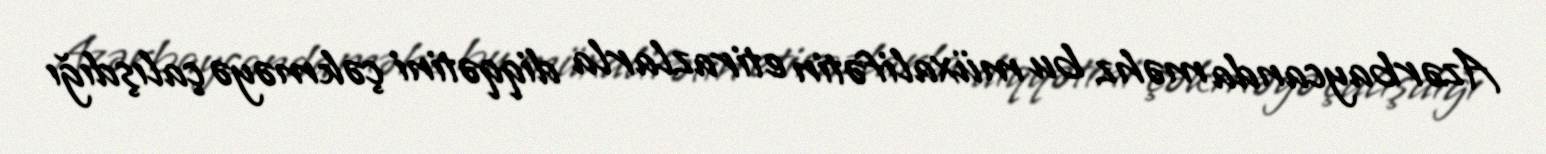
Azərbaycanda məhz bu müxalifətin etirazlarla diqqətini çəkməyə çalışdığı